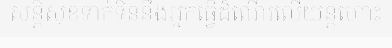
សន្តិសុខទាក់ទិននឹងអ្នកធ្វើដំណើរលើយន្តហោះ